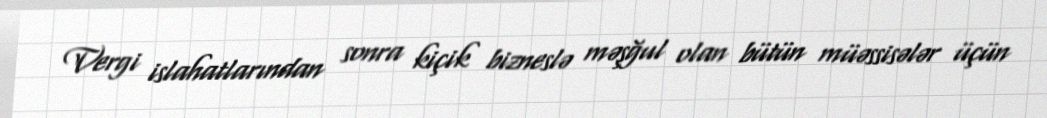
Vergi islahatlarından sonra kiçik bizneslə məşğul olan bütün müəssisələr üçün